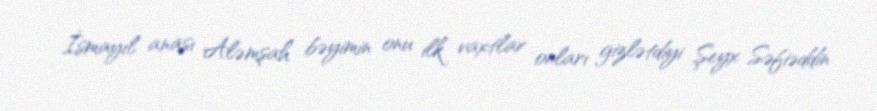
İsmayıl anası Aləmşah bəyimin onu ilk vaxtlar onları gizlətdiyi Şeyx Səfiəddin